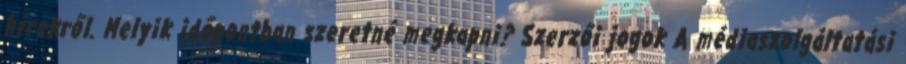
hírekről. Melyik időpontban szeretné megkapni? Szerzői jogok A médiaszolgáltatási